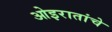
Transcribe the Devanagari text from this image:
ओइरातांचे